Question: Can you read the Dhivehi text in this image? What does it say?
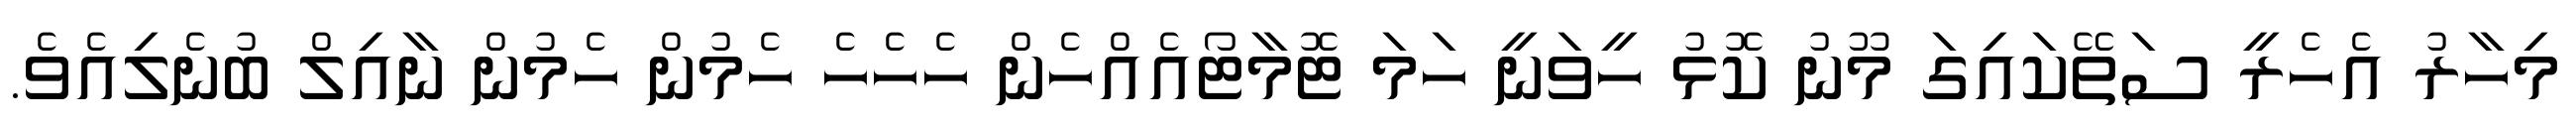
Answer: މިހާރު އެހެރީ ސަތޭކައިގަ މޫނު ކޮޅު ހީވަނީ ހަމަ ޓޮމާޓޯއެއްހެން ހެހެހެ ހެމުން ހެމުން ނާއިލް ބުނެލިއެވެ.